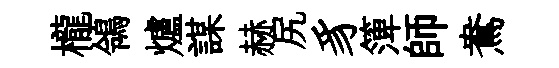
櫳鴒爐謀赫尻豸𥱼師鴦